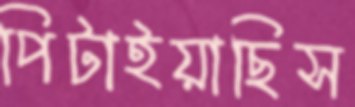
পিটাইয়াছিস